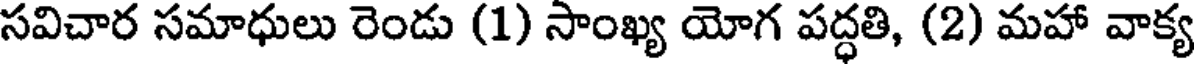
సవిచార సమాధులు రెండు (1) సాంఖ్య యోగ పద్ధతి, (2) మహా వాక్య